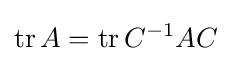
\operatorname {tr} A=\operatorname {tr} C^{-1}AC